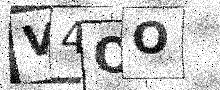
Text: V4OO